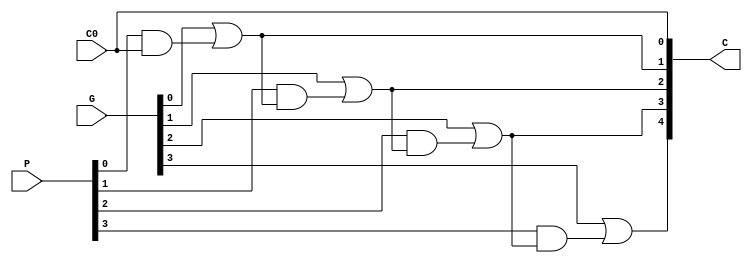
module cla_gen(P, G, C0, C);
parameter W = 4; 
output [W : 0] C;
wire [W : 0] C;
input [W-1 : 0] P, G;
input C0;

assign C[0] = C0;

genvar i;
for(i = 0; i < W; i = i + 1)
begin
	assign C[i+1] = G[i] | (P[i]&C[i]);
end

endmodule

module addsub_cla(A, B, M, S, C, V);
parameter W = 4;
input [W-1 : 0] A;
input [W-1 : 0] B;
input M;
output [W-1 : 0] S;
output C, V;

wire [W-1 : 0] S;
wire [W : 0] CARRY;
wire [W-1 : 0] P;
wire [W-1 : 0] G;
 
genvar i;
for(i = 0; i < W; i = i + 1)
begin
	assign P[i] = (B[i]^M)^A[i];
	assign G[i] = (B[i]^M)&A[i]; 
end


cla_gen #(W) CLAGEN (P, G, M, CARRY);

for(i = 0; i < W; i = i + 1)
begin
	assign S[i] = P[i]^CARRY[i]; 
end

assign C = CARRY[W]; 
assign V = CARRY[W]^CARRY[W-1];

endmodule